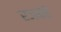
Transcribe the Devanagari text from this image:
रजबहे